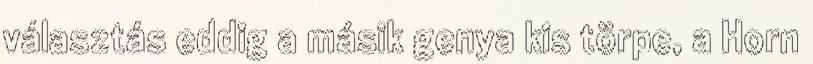
választás eddig a másik genya kis törpe, a Horn